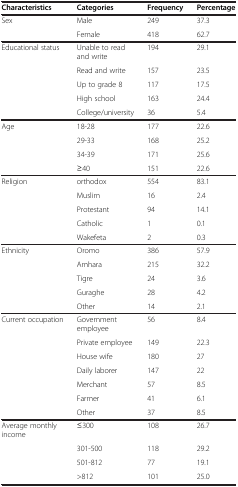
<table><thead><tr><td><b>Characteristics</b></td><td><b>Categories</b></td><td><b>Frequency</b></td><td><b>Percentage</b></td></tr></thead><tbody><tr><td>Sex</td><td>Male</td><td>249</td><td>37.3</td></tr><tr><td> </td><td>Female</td><td>418</td><td>62.7</td></tr><tr><td>Educational status</td><td>Unable to read and write</td><td>194</td><td>29.1</td></tr><tr><td> </td><td>Read and write</td><td>157</td><td>23.5</td></tr><tr><td> </td><td>Up to grade 8</td><td>117</td><td>17.5</td></tr><tr><td> </td><td>High school</td><td>163</td><td>24.4</td></tr><tr><td> </td><td>College/university</td><td>36</td><td>5.4</td></tr><tr><td>Age</td><td>18-28</td><td>177</td><td>22.6</td></tr><tr><td> </td><td>29-33</td><td>168</td><td>25.2</td></tr><tr><td> </td><td>34-39</td><td>171</td><td>25.6</td></tr><tr><td> </td><td>≥40</td><td>151</td><td>22.6</td></tr><tr><td>Religion</td><td>orthodox</td><td>554</td><td>83.1</td></tr><tr><td> </td><td>Muslim</td><td>16</td><td>2.4</td></tr><tr><td> </td><td>Protestant</td><td>94</td><td>14.1</td></tr><tr><td> </td><td>Catholic</td><td>1</td><td>0.1</td></tr><tr><td> </td><td>Wakefeta</td><td>2</td><td>0.3</td></tr><tr><td>Ethnicity</td><td>Oromo</td><td>386</td><td>57.9</td></tr><tr><td> </td><td>Amhara</td><td>215</td><td>32.2</td></tr><tr><td> </td><td>Tigre</td><td>24</td><td>3.6</td></tr><tr><td> </td><td>Guraghe</td><td>28</td><td>4.2</td></tr><tr><td> </td><td>Other</td><td>14</td><td>2.1</td></tr><tr><td>Current occupation</td><td>Government employee</td><td>56</td><td>8.4</td></tr><tr><td> </td><td>Private employee</td><td>149</td><td>22.3</td></tr><tr><td> </td><td>House wife</td><td>180</td><td>27</td></tr><tr><td> </td><td>Daily laborer</td><td>147</td><td>22</td></tr><tr><td> </td><td>Merchant</td><td>57</td><td>8.5</td></tr><tr><td> </td><td>Farmer</td><td>41</td><td>6.1</td></tr><tr><td> </td><td>Other</td><td>37</td><td>8.5</td></tr><tr><td>Average monthly income</td><td>≤300</td><td>108</td><td>26.7</td></tr><tr><td> </td><td>301-500</td><td>118</td><td>29.2</td></tr><tr><td> </td><td>501-812</td><td>77</td><td>19.1</td></tr><tr><td> </td><td>&gt;812</td><td>101</td><td>25.0</td></tr></tbody></table>